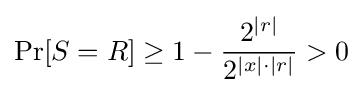
\Pr[S=R]\geq 1-{\frac {2^{|r|}}{2^{|x|\cdot |r|}}}>0